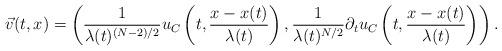
LaTeX: \begin{align*}\vec v(t,x) = \left ( \frac{1}{\lambda(t)^{(N-2)/2}} u_C \left ( t , \frac{x - x(t)}{\lambda(t)} \right ), \frac{1}{\lambda(t)^{N/2}} \partial_t u_C \left ( t , \frac{x - x(t)}{\lambda(t)} \right ) \right ). \end{align*}